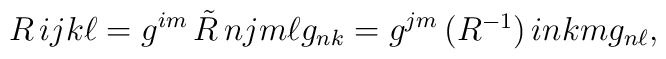
\matrix{R}{ij}{k\ell}=g^{im}\matrix{\tilde{R}}{nj}{m\ell}g_{nk}=g^{jm}\matrix{(R^{-1})}{in}{km}g_{n\ell},